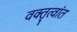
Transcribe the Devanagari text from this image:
वक्तृत्वांत